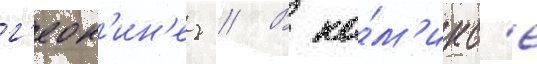
г'еок'ин'ез // В ко́м'икс'е